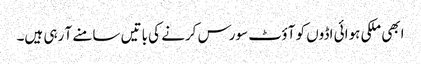
ابھی ملکی ہوائی اڈوں کو آؤٹ سورس کرنے کی باتیں سامنے آ رہی ہیں۔